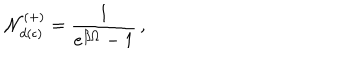
{ \cal N } _ { d ( \epsilon ) } ^ { ( + ) } = \frac { 1 } { e ^ { \beta \Omega } - 1 } \, ,